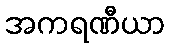
အကရဏီယာ